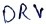
Text: DRV